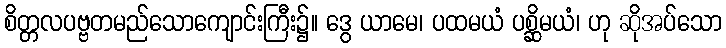
စိတ္တလပဗ္ဗတမည်သောကျောင်းကြီး၌။ ဒွေ ယာမေ၊ ပထမယံ ပစ္ဆိမယံ၊ ဟု ဆိုအပ်သော